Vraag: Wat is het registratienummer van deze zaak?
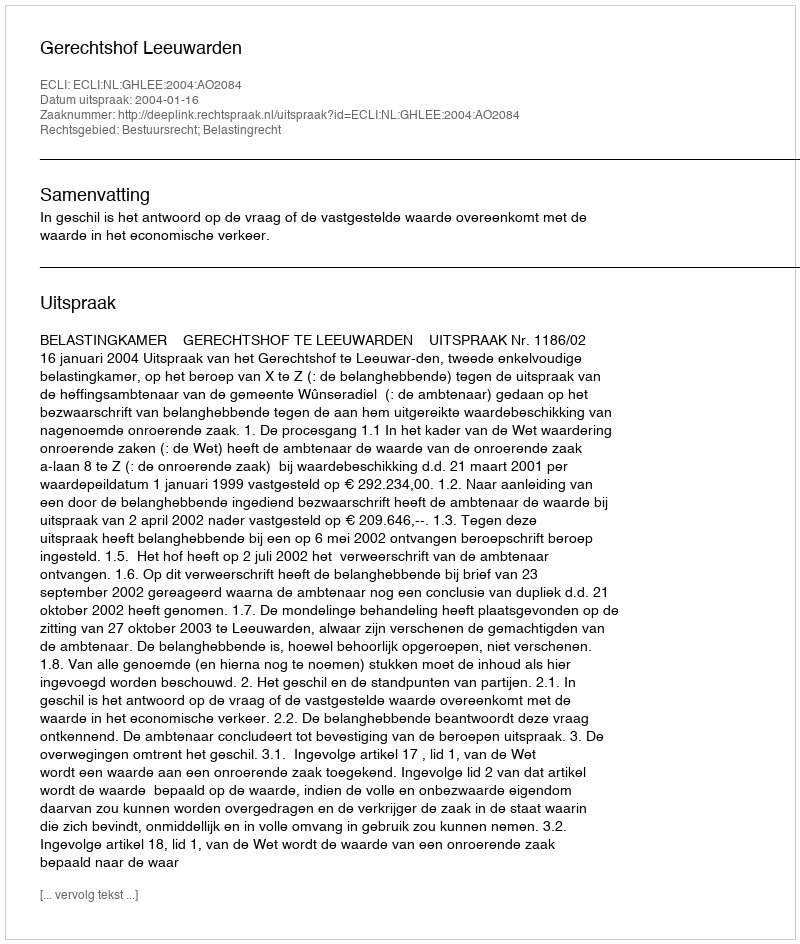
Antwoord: http://deeplink.rechtspraak.nl/uitspraak?id=ECLI:NL:GHLEE:2004:AO2084